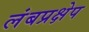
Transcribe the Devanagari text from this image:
लंबप्रक्षेप